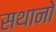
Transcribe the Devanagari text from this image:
सथानो